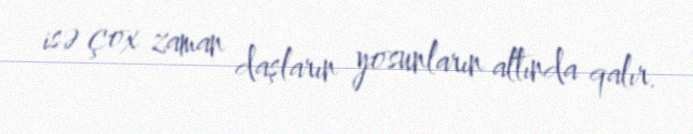
isə çox zaman daşların yosunların altında qalır.